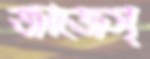
জাজেস্